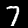
Digit: 7